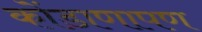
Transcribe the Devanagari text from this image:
कोंडाणापण